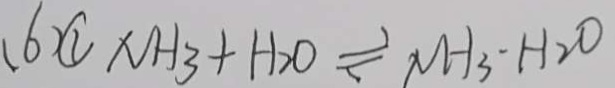
( 6 ) \textcircled { 1 } N H _ { 3 } + H _ { 2 } O \rightleftharpoons N H _ { 3 } - H _ { 2 } O